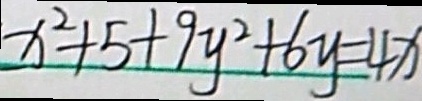
x ^ { 2 } + 5 + 9 y ^ { 2 } + 6 y = 4 x